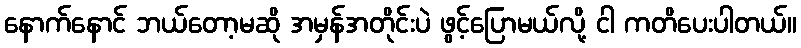
နောက်နောင် ဘယ်တော့မဆို အမှန်အတိုင်းပဲ ဖွင့်ပြောမယ်လို့ ငါ ကတိပေးပါတယ်။